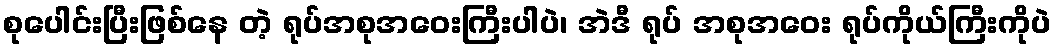
စုပေါင်းပြီးဖြစ်နေ တဲ့ ရုပ်အစုအဝေးကြီးပါပဲ၊ အဲဒီ ရုပ် အစုအဝေး ရုပ်ကိုယ်ကြီးကိုပဲ